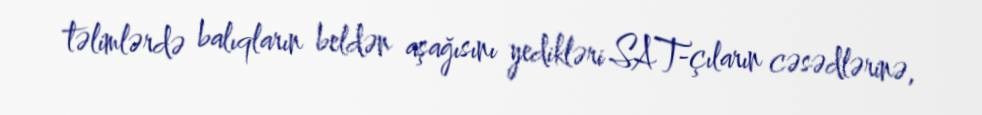
təlimlərdə balıqların beldən aşağısını yedikləri SAT-çıların cəsədlərinə,